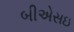
બીએસઇ